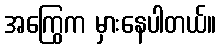
အကြွေက မှားနေပါတယ်။